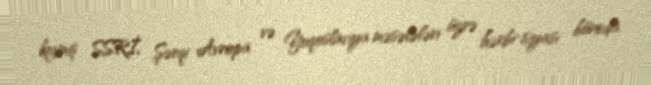
keçmiş SSRİ, Şərqi Avropa və Yuqoslaviya məsələləri üzrə hərbi-siyasi büroda